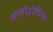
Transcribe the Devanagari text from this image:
कलोट्रोपिस